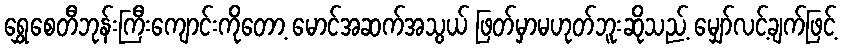
ရွှေစေတီဘုန်းကြီးကျောင်းကိုတော့ မောင်အဆက်အသွယ် ဖြတ်မှာမဟုတ်ဘူးဆိုသည့် မျှော်လင့်ချက်ဖြင့်